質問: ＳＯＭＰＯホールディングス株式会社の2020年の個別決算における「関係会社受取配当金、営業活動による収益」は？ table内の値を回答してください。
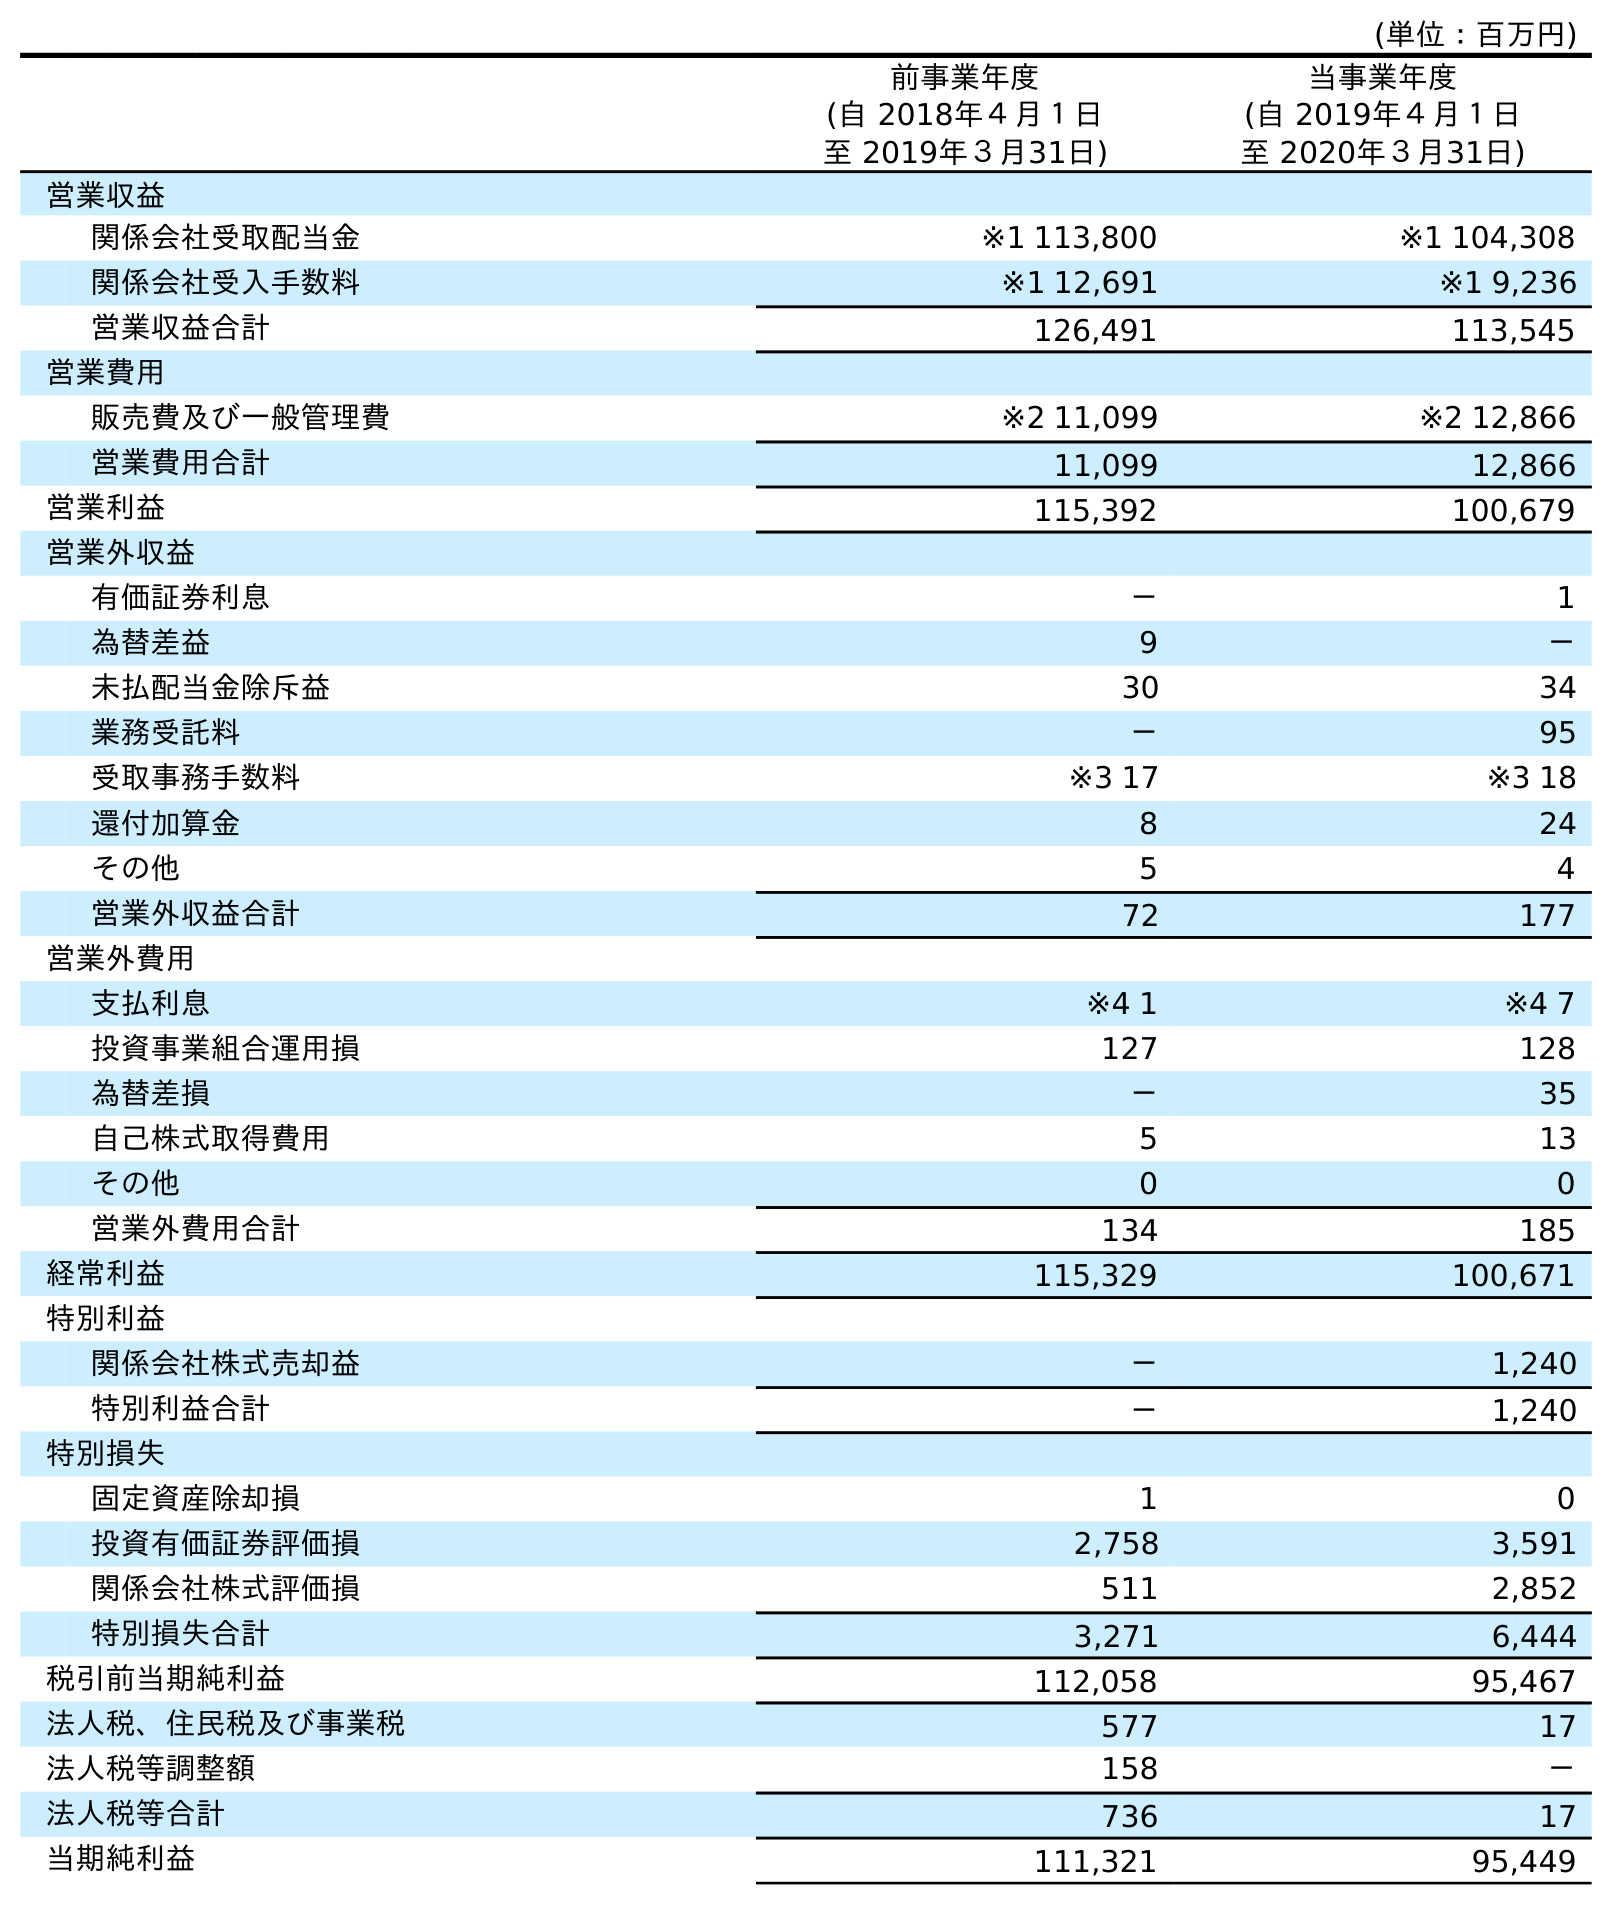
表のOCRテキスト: (単位：百万円) 前事業年度 (自 2018年４月１日 至 2019年３月31日) 当事業年度 (自 2019年４月１日 至 2020年３月31日) 営業収益 関係会社受取配当金 ※1 113,800 ※1 104,308 関係会社受入手数料 ※1 12,691 ※1 9,236 営業収益合計 126,491 113,545 営業費用 販売費及び一般管理費 ※2 11,099 ※2 12,866 営業費用合計 11,099 12,866 営業利益 115,392 100,679 営業外収益 有価証券利息 － 1 為替差益 9 － 未払配当金除斥益 30 34 業務受託料 － 95 受取事務手数料 ※3 17 ※3 18 還付加算金 8 24 その他 5 4 営業外収益合計 72 177 営業外費用 支払利息 ※4 1 ※4 7 投資事業組合運用損 127 128 為替差損 － 35 自己株式取得費用 5 13 その他 0 0 営業外費用合計 134 185 経常利益 115,329 100,671 特別利益 関係会社株式売却益 － 1,240 特別利益合計 － 1,240 特別損失 固定資産除却損 1 0 投資有価証券評価損 2,758 3,591 関係会社株式評価損 511 2,852 特別損失合計 3,271 6,444 税引前当期純利益 112,058 95,467 法人税、住民税及び事業税 577 17 法人税等調整額 158 － 法人税等合計 736 17 当期純利益 111,321 95,449
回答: ※1104,308